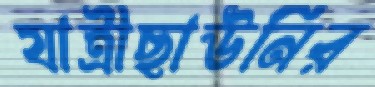
যাত্রীছাউনির